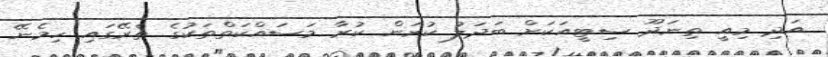
އަދި މިއީ ތިނަދޫ ސިޓީއަކަށް ބަދަލު ކުރަން ކުރާ މަސައްކަތްތަކުގެ ތެރޭގައި ހިމެނޭ